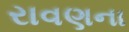
રાવણના